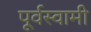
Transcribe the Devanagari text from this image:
पूर्वस्वामी